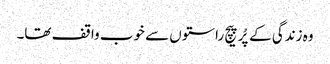
وہ زندگی کے پُرپیچ راستوں سے خوب واقف تھا۔